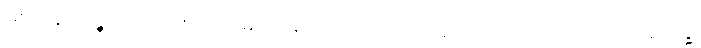
ဖြစ်ကုန်လတ္တံ့။ သေယျထာပိ နာမ၊ ဥပမာမည်သည်ကား။ ပုရိသော၊ ယောကျ်ားသည်။ ပရိသုဒ္ဓံ၊